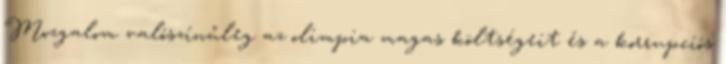
Mozgalom valószínűleg az olimpia magas költségeit és a korrupciós